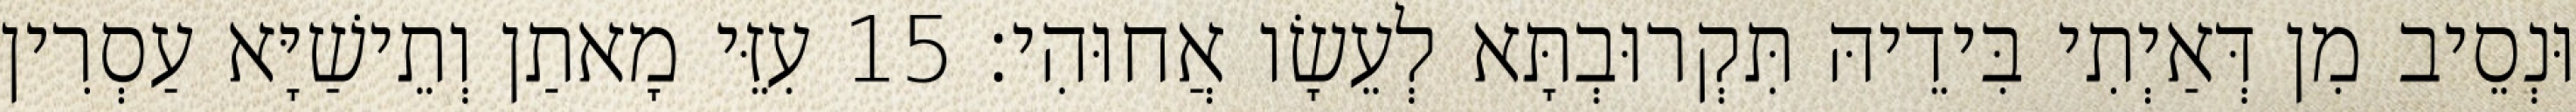
וּנְסֵיב מִן דְּאַיְתִי בִּידֵיהּ תִּקְרוּבְתָּא לְעֵשָׂו אֲחוּהִי׃ 15 עִזֵּי מָאתַן וְתֵישַׁיָּא עַסְרִין